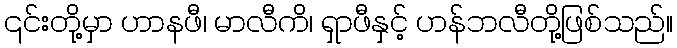
၎င်းတို့မှာ ဟာနဖီ၊ မာလီကိ၊ ရှာဖီနှင့် ဟန်ဘလီတို့ဖြစ်သည်။